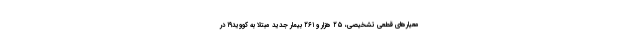
معیارهای قطعی تشخیصی، ۲۵ هزار و ۲۶۱ بیمار جدید مبتلا به کووید۱۹ در